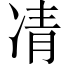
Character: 凊